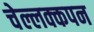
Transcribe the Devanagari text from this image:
चेल्लक्कपन